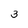
Character: 3